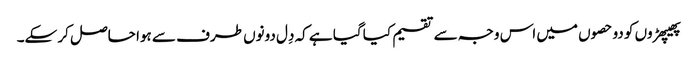
پھیپھڑوں کو دو حصوں میں اس وجہ سے تقسیم کیا گیا ہے کہ دِل دونوں طرف سے ہوا حاصل کر سکے۔